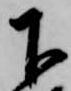
下